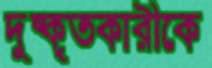
দুষ্কৃতকারীকে